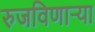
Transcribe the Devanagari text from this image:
रुजविणाऱ्या